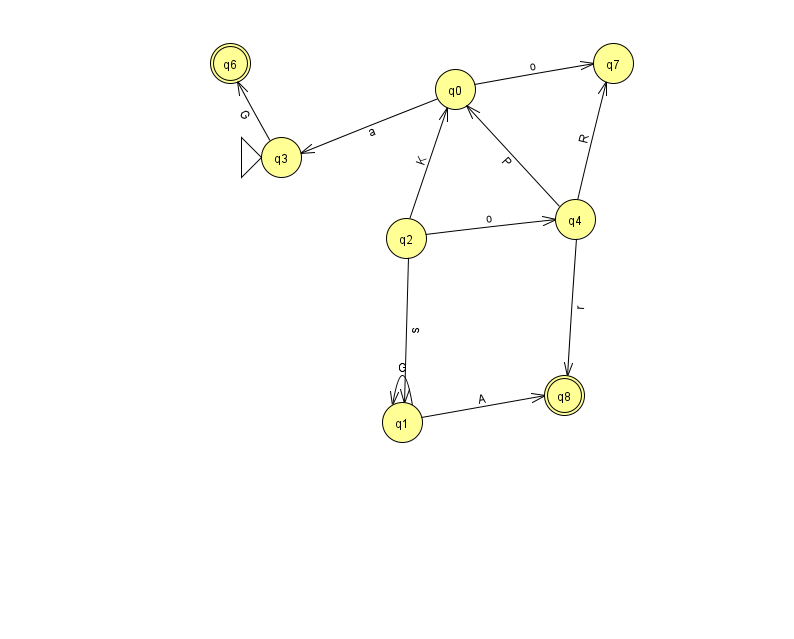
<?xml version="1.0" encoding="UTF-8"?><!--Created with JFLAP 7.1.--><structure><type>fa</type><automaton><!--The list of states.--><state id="0" name="q0"><x>455.0</x><y>76.0</y></state><state id="1" name="q1"><x>402.0</x><y>409.0</y></state><state id="2" name="q2"><x>406.0</x><y>225.0</y></state><state id="3" name="q3"><x>281.0</x><y>144.0</y><initial/></state><state id="4" name="q4"><x>575.0</x><y>206.0</y></state><state id="6" name="q6"><x>230.0</x><y>50.0</y><final/></state><state id="7" name="q7"><x>613.0</x><y>50.0</y></state><state id="8" name="q8"><x>564.0</x><y>382.0</y><final/></state><!--The list of transitions.--><transition><from>0</from><to>7</to><read>o</read></transition><transition><from>4</from><to>0</to><read>P</read></transition><transition><from>2</from><to>0</to><read>K</read></transition><transition><from>2</from><to>4</to><read>o</read></transition><transition><from>3</from><to>6</to><read>G</read></transition><transition><from>1</from><to>1</to><read>G</read></transition><transition><from>2</from><to>1</to><read>s</read></transition><transition><from>1</from><to>8</to><read>A</read></transition><transition><from>4</from><to>8</to><read>r</read></transition><transition><from>0</from><to>3</to><read>a</read></transition><transition><from>4</from><to>7</to><read>R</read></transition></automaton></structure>